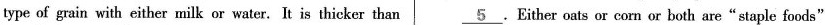
type of grain with either milk or water. It is thicker than \underline{5}.Either oats or corn or both are“staple foods"